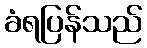
ခံရပြန်သည်